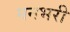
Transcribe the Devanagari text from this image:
मनभरी